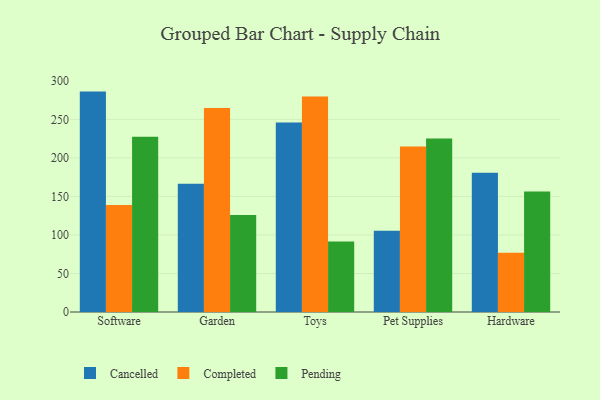
{"axis": {"x": "Category", "y": "Customer Acquisition Cost (USD)"}, "legend": ["Cancelled", "Completed", "Pending"], "data": [{"x": "Software", "y": 286.0, "type": "Cancelled"}, {"x": "Software", "y": 138.8, "type": "Completed"}, {"x": "Software", "y": 227.5, "type": "Pending"}, {"x": "Garden", "y": 166.3, "type": "Cancelled"}, {"x": "Garden", "y": 264.7, "type": "Completed"}, {"x": "Garden", "y": 125.9, "type": "Pending"}, {"x": "Toys", "y": 246.0, "type": "Cancelled"}, {"x": "Toys", "y": 279.5, "type": "Completed"}, {"x": "Toys", "y": 91.5, "type": "Pending"}, {"x": "Pet Supplies", "y": 105.4, "type": "Cancelled"}, {"x": "Pet Supplies", "y": 214.6, "type": "Completed"}, {"x": "Pet Supplies", "y": 225.2, "type": "Pending"}, {"x": "Hardware", "y": 180.8, "type": "Cancelled"}, {"x": "Hardware", "y": 76.9, "type": "Completed"}, {"x": "Hardware", "y": 156.3, "type": "Pending"}]}